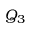
Q _ { 3 }